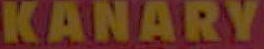
KANARY